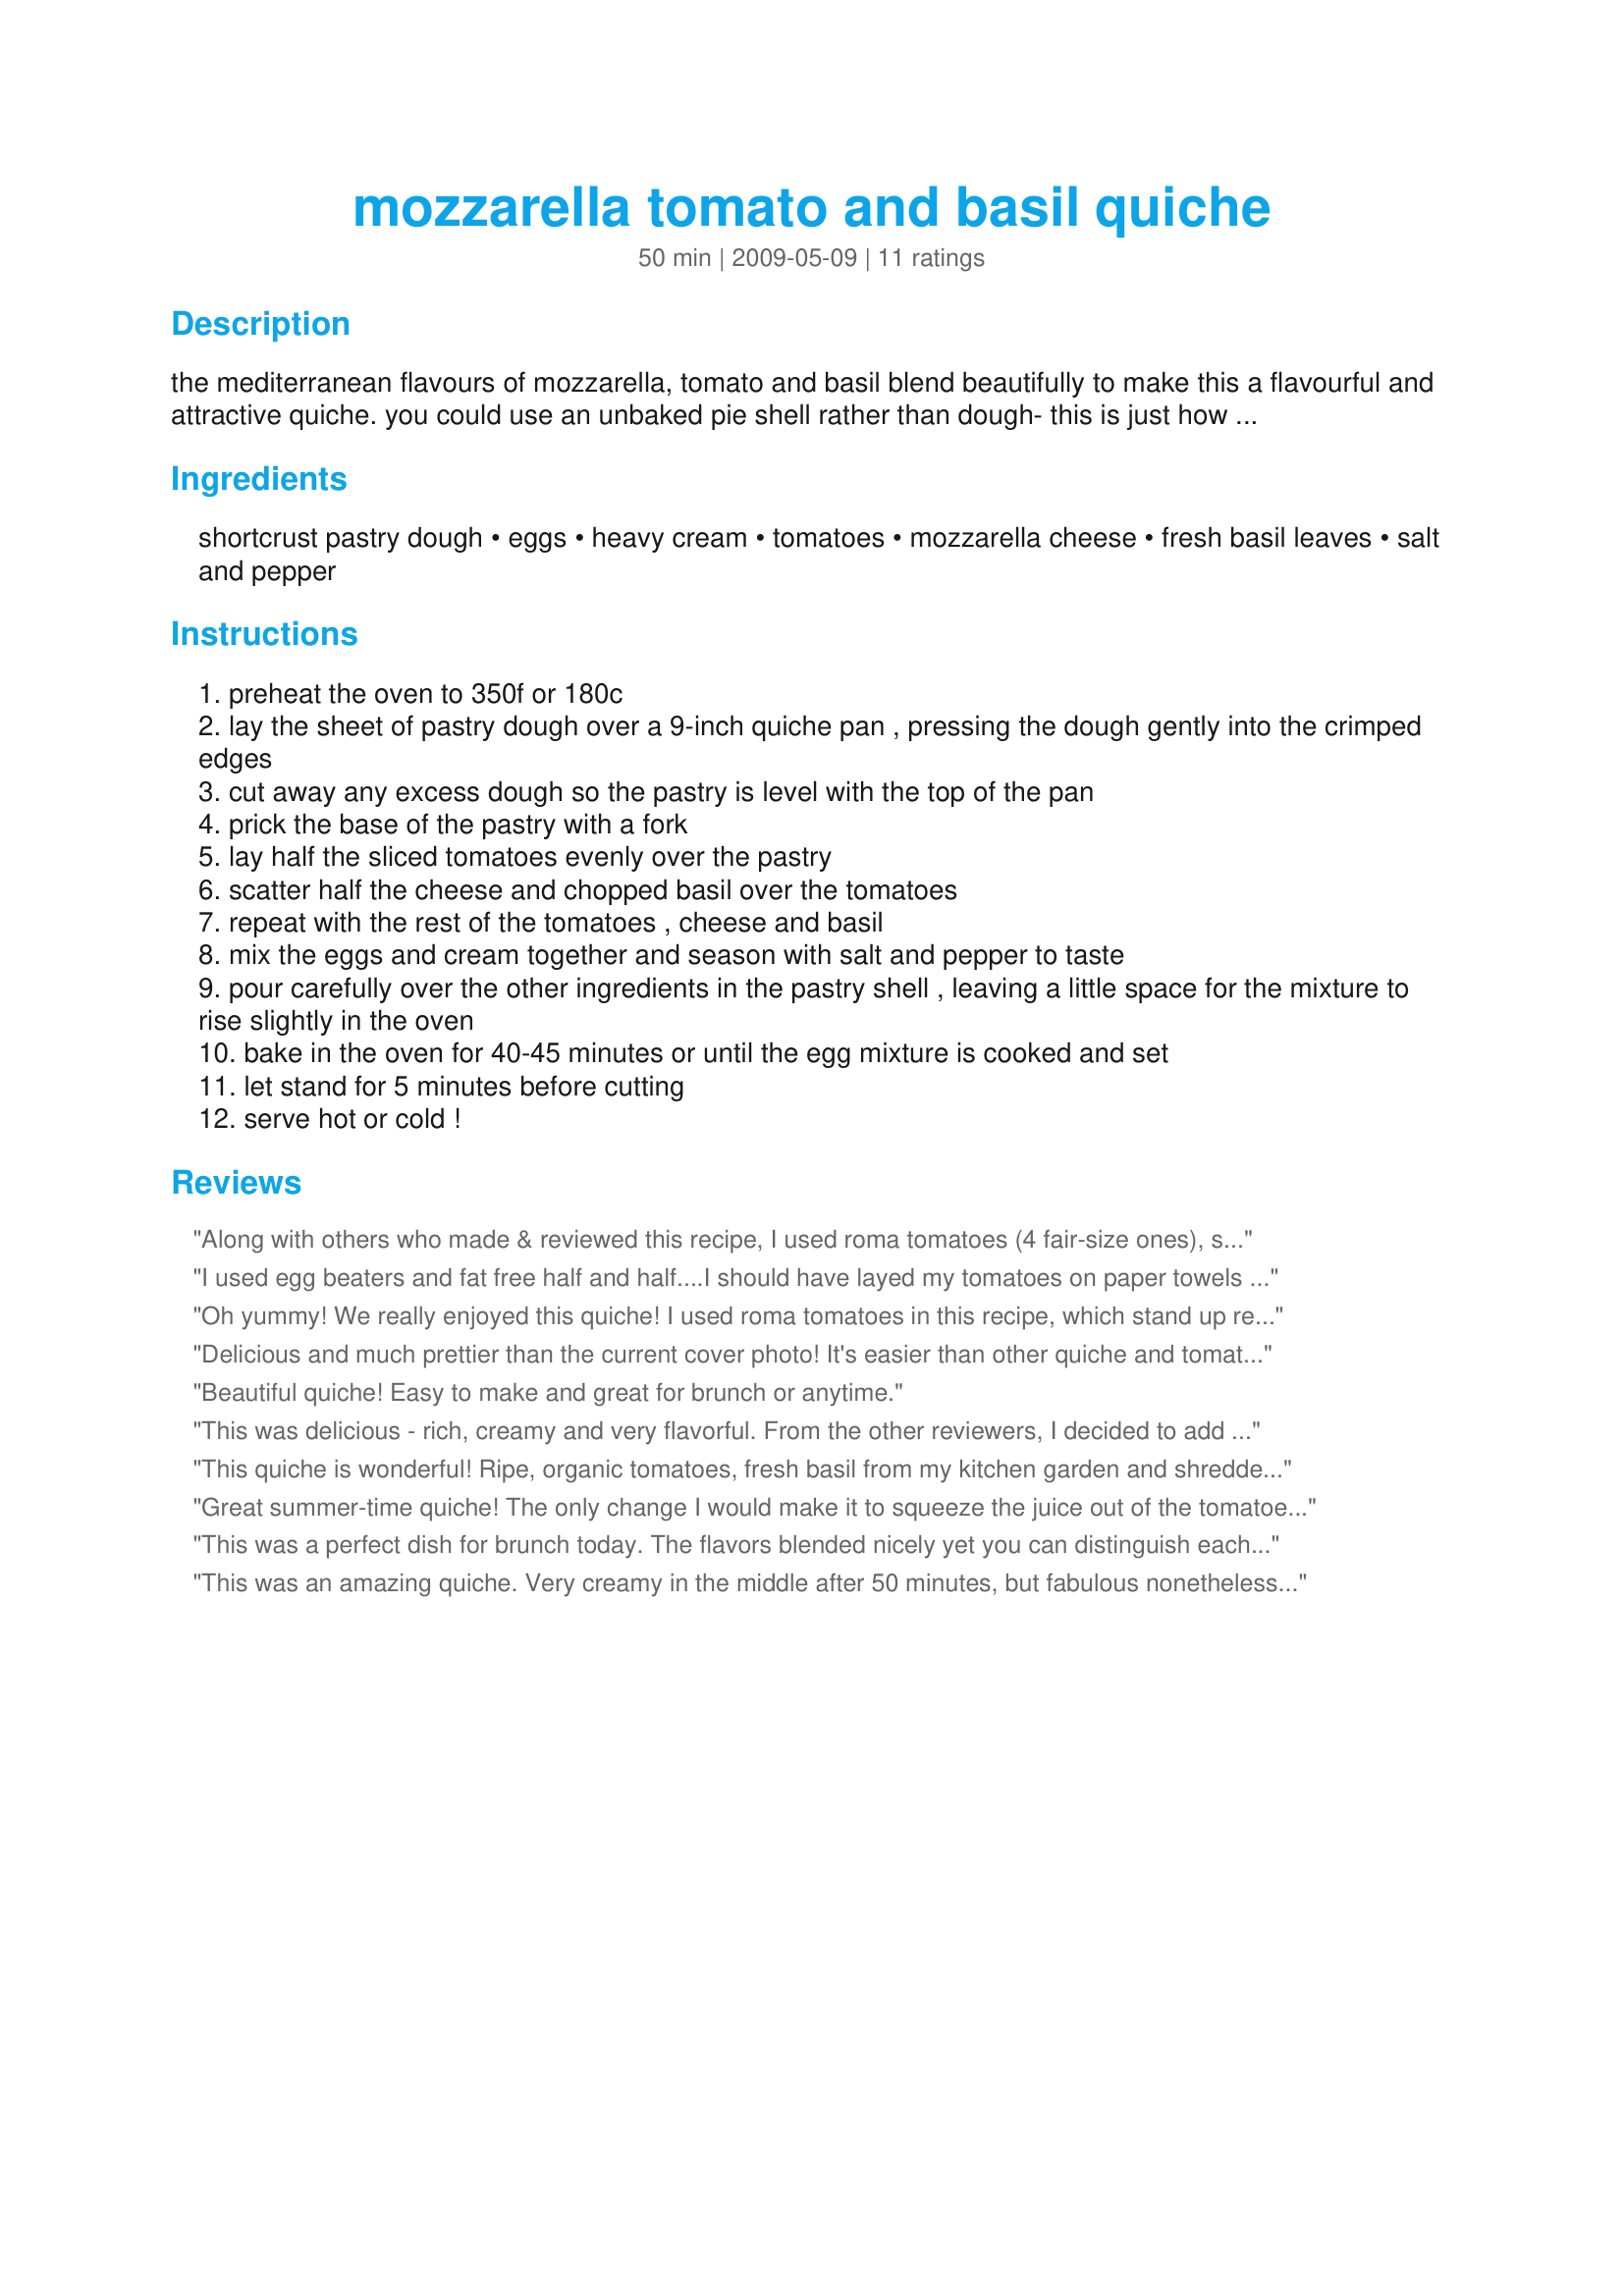
mozzarella tomato and basil quiche
Preparation time: 50 minutes

the mediterranean flavours of mozzarella, tomato and basil blend beautifully to make this a flavourful and attractive quiche. you could use an unbaked pie shell rather than dough- this is just how i make it. if your quiche pan is tall, you may like to increase the egg and cream mixture in a ratio of 4 eggs: 1 cup cream.

Ingredients:
shortcrust pastry dough, eggs, heavy cream, tomatoes, mozzarella cheese, fresh basil leaves, salt and pepper

Steps:
preheat the oven to 350f or 180c
lay the sheet of pastry dough over a 9-inch quiche pan , pressing the dough gently into the crimped edges
cut away any excess dough so the pastry is level with the top of the pan
prick the base of the pastry with a fork
lay half the sliced tomatoes evenly over the pastry
scatter half the cheese and chopped basil over the tomatoes
repeat with the rest of the tomatoes , cheese and basil
mix the eggs and cream together and season with salt and pepper to taste
pour carefully over the other ingredients in the pastry shell , leaving a little space for the mixture to rise slightly in the oven
bake in the oven for 40-45 minutes or until the egg mixture is cooked and set
let stand for 5 minutes before cutting
serve hot or cold !

Reviews:
Along with others who made & reviewed this recipe, I used roma tomatoes (4 fair-size ones), seeded & sliced & followed the recipe after that! Easy to put together, & very enjoyable eating! This is certainly a keeper of a recipe ~ Thanks for sharing it! [Tagged & made in Please Review My Recipe]
I used egg beaters and fat free half and half....I should have layed my tomatoes on paper towels before putting them in pie crust as mine was a little runny...but the taste was superb so I will be making this often...great recipe and easy...
Oh yummy! We really enjoyed this quiche! I used roma tomatoes in this recipe, which stand up really well to baking. I used 1 cup of mozzarella and 1 cup provolone cheese. I didn't count the basil leaves, I probably didn't use the full amount. I did add fresh spinach. I can see there are many possibilities with veggies - I will likely add fresh mushrooms! Thank you for this delicious treat!! I will be making this often! Made for Newest Zaar Tag
Delicious and much prettier than the current cover photo! It's easier than other quiche and tomato pie recipies I've tried, but equally good, if not better. I used three heirloom tomatoes, sliced them into smaller pieces and squeezed out the juice, added a bit of chopped vidalia onion for another summer flavor, and used a mix of Italian cheeses, but otherwise stuck to the recipe. I probably will use a larger pie dish next time. It took over an hour to get a firm center. Thank you!
Beautiful quiche! Easy to make and great for brunch or anytime.
This was delicious - rich, creamy and very flavorful. From the other reviewers, I decided to add a bit of onion powder, sprinkled over the tomatoes before I layered the cheese. I also added a bit of fresh ground parmesan to the top before baking. It came out really good, crispy on the top and ooey-gooey on the inside, but firm - DH loved it and so did I, he just didn't like the fat content !! I will try this again, cutting down on the cream a bit and maybe trying it with different vegetables like asparagus, artichokes or roasted red peppers. Thanks for posting - this one goes into the keeper cookbook! Made for ZWT7 - Italy, and the HOT PINK LADIES!
This quiche is wonderful! Ripe, organic tomatoes, fresh basil from my kitchen garden and shredded mozzarella are some of my favorite summer flavors! Who knew they would make such a fabulous quiche?!?! I followed the directions precisely and the result was excellent. I always seem to have trouble getting a good 'set' on my quiche without over-browning the top, but I found the egg/cream ratio and cooking guidelines here to be perfect. It fluffed up, set and had just started to turn golden-brown on top at 40 minutes. I will use this recipe again and again! Thank you Shuzbud, for a terrific post!
Great summer-time quiche! The only change I would make it to squeeze the juice out of the tomatoes. Instead of 2 regular tomatoes, I used three very big roma's which had quite a bit of juice, so my quiche was a little on the wet side. Even so, it was really great - you can't beat fresh basil and tomatoes! Mine baked for 50 minutes before being fully set.
This was a perfect dish for brunch today. The flavors blended nicely yet you can distinguish each on it's own. I patted my tomato slices dry before layering them and baked the quiche about 40 minutes. I seasoned with just the suggested salt and pepper but I could see adding a small amount of garlic powder as well. Thank you for posting, we really enjoyed this recipe. Made for ZWT 7.
This was an amazing quiche. Very creamy in the middle after 50 minutes, but fabulous nonetheless. Used 3 roma tomatoes. One of the best quiches I have ever had.
House smells amazing. Can't wait for BF to get home ... Ok. I didn't. It's delish !!!
